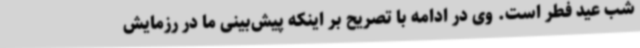
شب عید فطر است. وی در ادامه با تصریح بر اینکه پیش‌بینی ما در رزمایش